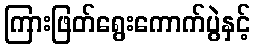
ကြားဖြတ်ရွေးကောက်ပွဲနှင့်